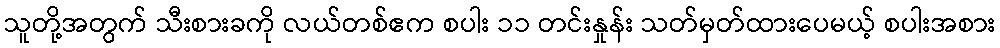
သူတို့အတွက် သီးစားခကို လယ်တစ်ဧက စပါး ၁၁ တင်းနှုန်း သတ်မှတ်ထားပေမယ့် စပါးအစား